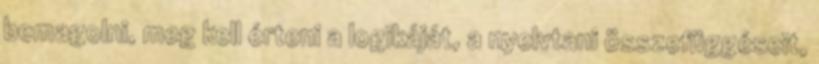
bemagolni, meg kell érteni a logikáját, a nyelvtani összefüggéseit,